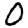
Digit: 0